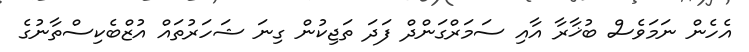
އެހެން ނަމަވެސް ބުޚާރާ އާއި ސަމަރްގަންދް ފަދަ ތަޖިކުން ގިނަ ޝަހަރުތައް އުޒްބެކިސްތާނުގެ